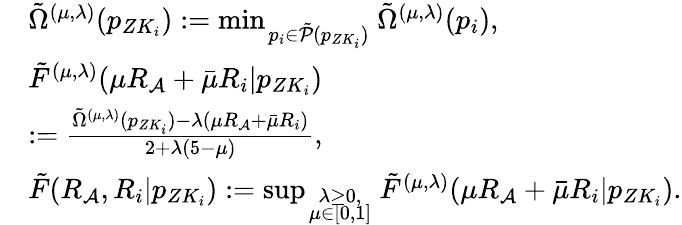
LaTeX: \begin{array}{rl}&{\tilde{\Omega}^{(\mu,\lambda)}(p_{ZK_{i}}):=\operatorname*{min}_{\scriptstyle\atop{\scriptstyle p_{i}\in{\tilde{\cal P}(p_{ZK_{i}})}}}\tilde{\Omega}^{(\mu,\lambda)}(p_{i}),}\\ &{\tilde{F}^{(\mu,\lambda)}({\mu}R_{\cal A}+\bar{\mu}R_{i}|p_{ZK_{i}})}\\ &{:=\frac{\tilde{\Omega}^{(\mu,\lambda)}(p_{ZK_{i}})-\lambda({\mu}R_{\cal A}+\bar{\mu}R_{i})}{2+\lambda(5-{\mu})},}\\ &{\tilde{F}(R_{\cal A},R_{i}|p_{ZK_{i}}):=\operatorname*{sup}_{\scriptstyle\lambda\geq 0,\atop{\scriptstyle\mu\in[0,1]}}\tilde{F}^{(\mu,\lambda)}({\mu}R_{\cal A}+\bar{\mu}R_{i}|p_{ZK_{i}}).}\end{array}